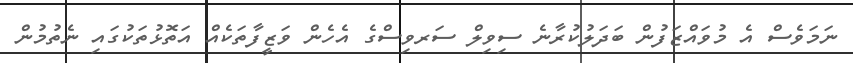
ނަމަވެސް އެ މުވައްޒަފުން ބަދަލުކުރާނެ ސިވިލް ސަރވިސްގެ އެހެން ވަޒީފާތަކެއް އަތޮޅުތަކުގައި ނެތުމުން